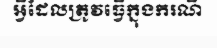
អ្វីដែលត្រូវធ្វើក្នុងករណី